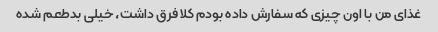
غذای من با اون چیزی که سفارش داده بودم کلا فرق داشت، خیلی بدطعم شده